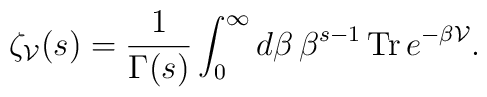
\zeta_{\cal V}(s)=\frac{1}{\Gamma(s)} \int_0^\infty d\beta \,\beta^{s-1}\, {\rm Tr} \, e^{-\beta {\cal V}}.